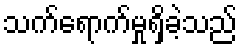
သက်ရောက်မှုရှိခဲ့သည်